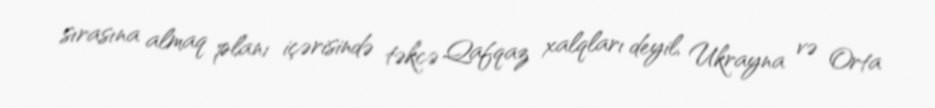
sırasına almaq planı içərisində təkcə Qafqaz xalqları deyil, Ukrayna və Orta